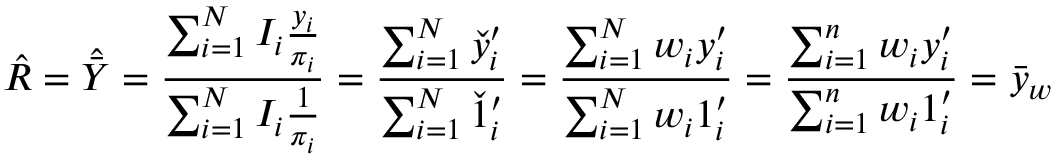
{ \hat { R } } = { \hat { \bar { Y } } } = { \frac { \sum _ { i = 1 } ^ { N } I _ { i } { \frac { y _ { i } } { \pi _ { i } } } } { \sum _ { i = 1 } ^ { N } I _ { i } { \frac { 1 } { \pi _ { i } } } } } = { \frac { \sum _ { i = 1 } ^ { N } { \check { y } } _ { i } ^ { \prime } } { \sum _ { i = 1 } ^ { N } { \check { 1 } } _ { i } ^ { \prime } } } = { \frac { \sum _ { i = 1 } ^ { N } w _ { i } y _ { i } ^ { \prime } } { \sum _ { i = 1 } ^ { N } w _ { i } 1 _ { i } ^ { \prime } } } = { \frac { \sum _ { i = 1 } ^ { n } w _ { i } y _ { i } ^ { \prime } } { \sum _ { i = 1 } ^ { n } w _ { i } 1 _ { i } ^ { \prime } } } = { \bar { y } } _ { w }